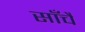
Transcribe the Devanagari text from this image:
साँचै